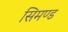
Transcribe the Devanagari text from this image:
सिमण्ड